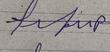
Signature authenticity: forged